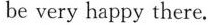
be very happy there.